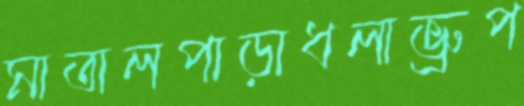
মাতালপাড়াধলাভ্রুপ